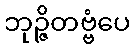
ဘုဉ္ဇိတဗ္ဗံပေ